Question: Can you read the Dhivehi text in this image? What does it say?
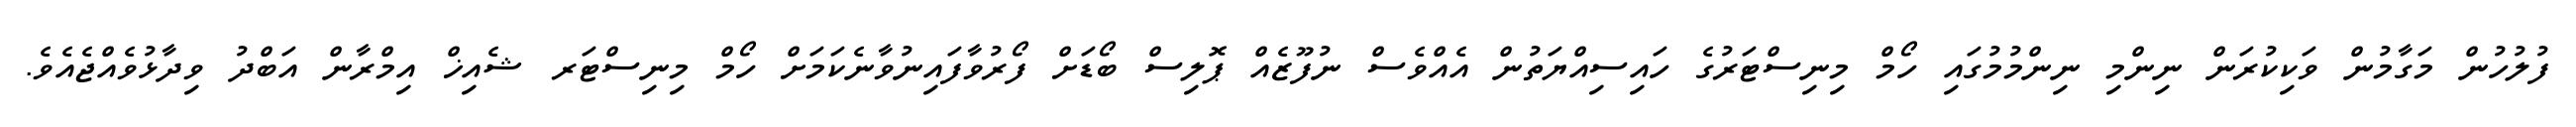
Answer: ފުލުހުން މަގާމުން ވަކިކުރަން ނިންމި ނިންމުމުގައި ހޯމް މިނިސްޓަރުގެ ހައިސިއްޔަތުން އެއްވެސް ނުފޫޒެއް ޕޮލިސް ބޯޑަށް ފޯރުވާފައިނުވާނެކަމަށް ހޯމް މިނިސްޓަރ ޝެއިޚް އިމްރާން އަބްދު ވިދާޅުވެއްޖެއެވެ.